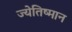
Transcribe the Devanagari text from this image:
ज्येतिष्मान